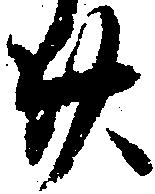
廿